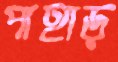
পাহাড়